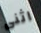
اثنى